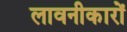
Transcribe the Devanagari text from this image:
लावनीकारों